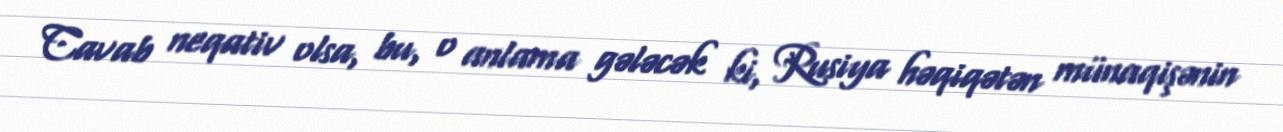
Cavab neqativ olsa, bu, o anlama gələcək ki, Rusiya həqiqətən münaqişənin